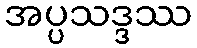
အပ္ပသဒ္ဒဿ